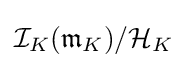
{\mathcal {I}}_{K}({\mathfrak {m}}_{K})/{\mathcal {H}}_{K}